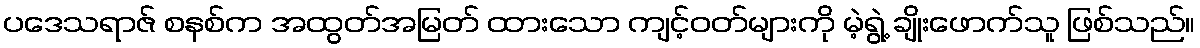
ပဒေသရာဇ် စနစ်က အထွတ်အမြတ် ထားသော ကျင့်ဝတ်များကို မဲ့ရွဲ့ ချိုးဖောက်သူ ဖြစ်သည်။